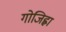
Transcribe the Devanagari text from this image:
गोजिह्वा